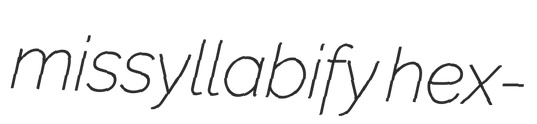
missyllabify hex-